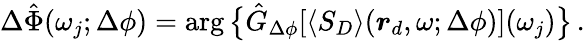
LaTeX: \begin{array}{r}{\Delta\hat{\Phi}(\omega_{j};\Delta\phi)=\arg\big\{ \hat{G}_{\Delta\phi}[\langle S_{D}\rangle(\boldsymbol{r}_{d},\omega;\Delta\phi)](\omega_{j})\big\} \, .}\end{array}